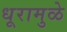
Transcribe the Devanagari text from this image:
धूरामुळे